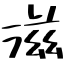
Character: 滋